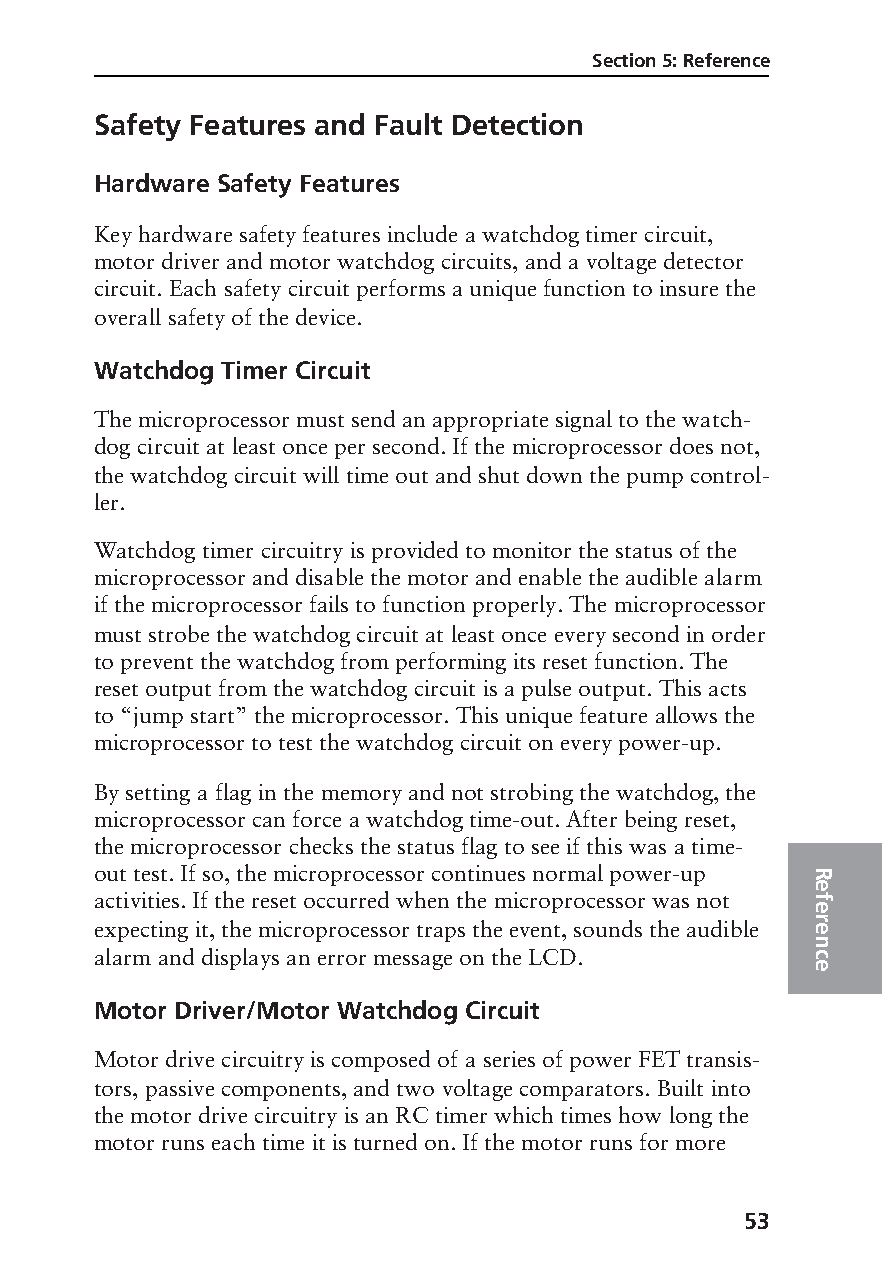
Section 5: Reference
 Safety Features and Fault Detection
 Hardware Safety Features
 Key hardware safety features include a watchdog timer circuit,
 motor driver and motor watchdog circuits, and a voltage detector
 circuit. Each safety circuit performs a unique function to insure the
 overall safety of the device.
 Watchdog Timer Circuit
 The microprocessor must send an appropriate signal to the watch-
 dog circuit at least once per second. If the microprocessor does not,
 the watchdog circuit will time out and shut down the pump control-
 ler.
 Watchdog timer circuitry is provided to monitor the status of the
 microprocessor and disable the motor and enable the audible alarm
 if the microprocessor fails to function properly. The microprocessor
 must strobe the watchdog circuit at least once every second in order
 to prevent the watchdog from performing its reset function. The
 reset output from the watchdog circuit is a pulse output. This acts
 to “jump start” the microprocessor. This unique feature allows the
 microprocessor to test the watchdog circuit on every power-up.
 By setting a flag in the memory and not strobing the watchdog, the
 microprocessor can force a watchdog time-out. After being reset,
 the microprocessor checks the status flag to see if this was a time-
 out test. If so, the microprocessor continues normal power-up R
 e
 activities. If the reset occurred when the microprocessor was not f
 e
 expecting it, the microprocessor traps the event, sounds the audible r e
 n
 alarm and displays an error message on the LCD. c
 e
 Motor Driver/Motor Watchdog Circuit
 Motor drive circuitry is composed of a series of power FET transis-
 tors, passive components, and two voltage comparators. Built into
 the motor drive circuitry is an RC timer which times how long the
 motor runs each time it is turned on. If the motor runs for more
 53
 PROOF (LR #3086), 2000-03-16 «3935-51D Manual, Legacy 1»